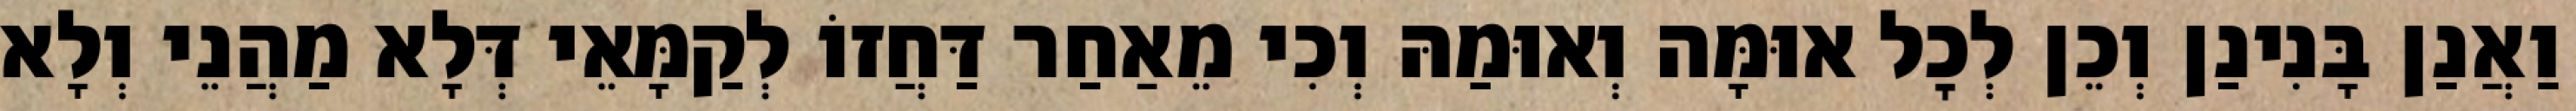
וַאֲנַן בָּנִינַן וְכֵן לְכׇל אוּמָּה וְאוּמַהּ וְכִי מֵאַחַר דַּחֲזוֹ לְקַמָּאֵי דְּלָא מַהֲנֵי וְלָא